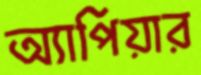
অ্যাপিয়ার